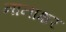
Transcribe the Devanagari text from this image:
नानाक्षर